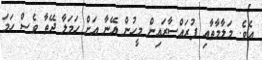
އެވެ. މަލާމާތާއި ފުރައްސާރައިން މީހުން އޭނާ އަށް ހަމަލާ ދޭތާ ވެސް ހަމަ